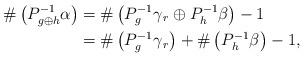
LaTeX: \begin{align*} \#\left(P_{g\oplus h}^{-1}\alpha\right)&=\#\left(P_{g}^{-1}\gamma_{\, r}\oplus P_{h}^{-1}\beta\right)-1\\ &=\#\left(P_{g}^{-1}\gamma_{\, r}\right)+\#\left( P_{h}^{-1}\beta\right)-1,\end{align*}